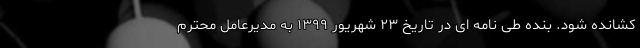
کشانده شود. بنده طی نامه ‌ای در تاریخ ۲۳ شهریور ۱۳۹۹ به مدیرعامل محترم